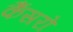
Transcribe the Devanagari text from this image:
कैंसरो